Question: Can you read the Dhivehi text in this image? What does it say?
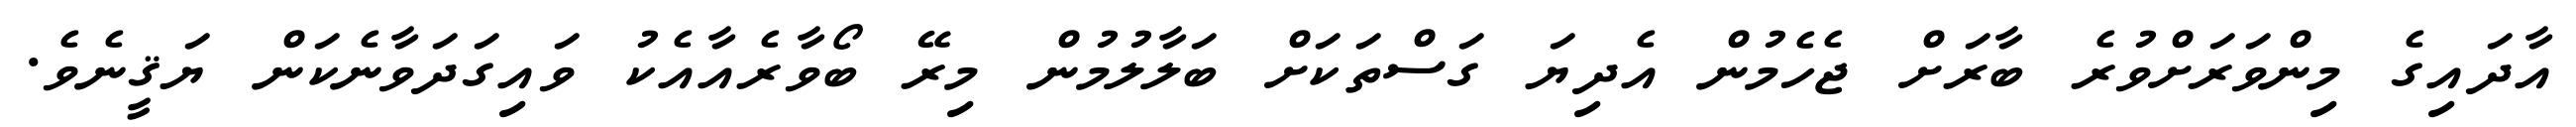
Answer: އާދައިގެ މިންވަރަށްވުރެ ބާރަށް ޖެހެމުން އެދިޔަ ގަސްތަކަށް ބަލާލުމުން މިރޭ ބޯވާރެއާއެކު ވައިގަދަވާނެކަން ޔަޤީނެވެ.